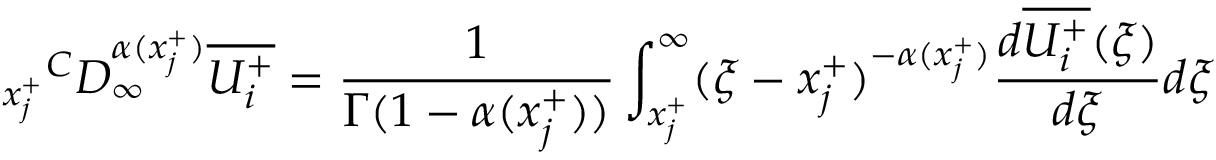
{ _ { x _ { j } ^ { + } } } ^ { C } D _ { \infty } ^ { \alpha ( x _ { j } ^ { + } ) } \overline { { U _ { i } ^ { + } } } = \frac { 1 } { \Gamma ( 1 - \alpha ( x _ { j } ^ { + } ) ) } \int _ { x _ { j } ^ { + } } ^ { \infty } ( \xi - x _ { j } ^ { + } ) ^ { - \alpha ( x _ { j } ^ { + } ) } \frac { d \overline { { U _ { i } ^ { + } } } ( \xi ) } { d \xi } d \xi